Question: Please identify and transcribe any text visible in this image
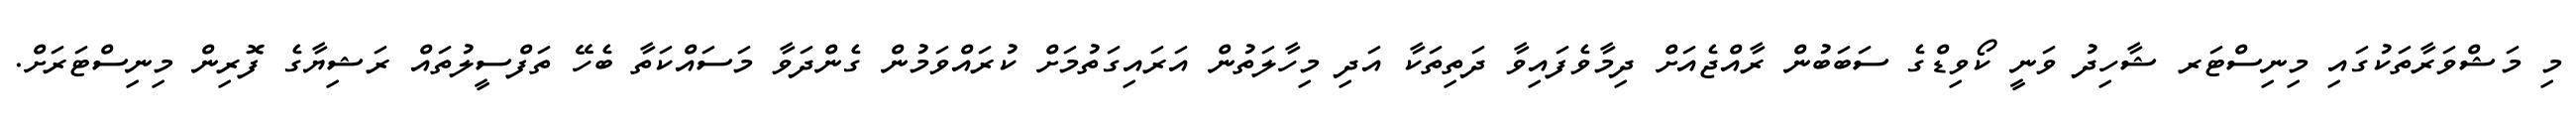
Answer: މި މަޝްވަރާތަކުގައި މިނިސްޓަރ ޝާހިދު ވަނީ ކޯވިޑްގެ ސަބަބުން ރާއްޖެއަށް ދިމާވެފައިވާ ދަތިތަކާ އަދި މިހާލަތުން އަރައިގަތުމަށް ކުރައްވަމުން ގެންދަވާ މަސައްކަތާ ބެހޭ ތަފްސީލުތައް ރަޝިޔާގެ ފޮރިން މިނިސްޓަރަށް.